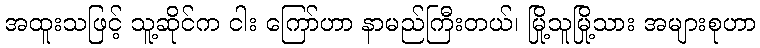
အထူးသဖြင့် သူ့ဆိုင်က ငါး ကြော်ဟာ နာမည်ကြီးတယ်၊ မြို့သူမြို့သား အများစုဟာ